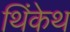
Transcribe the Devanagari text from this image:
थिंकेथ